342_HS1-416511228_319.1 Flying Discs 1949
Agency: Department of War
Incident date: 1/9/50
Page 22
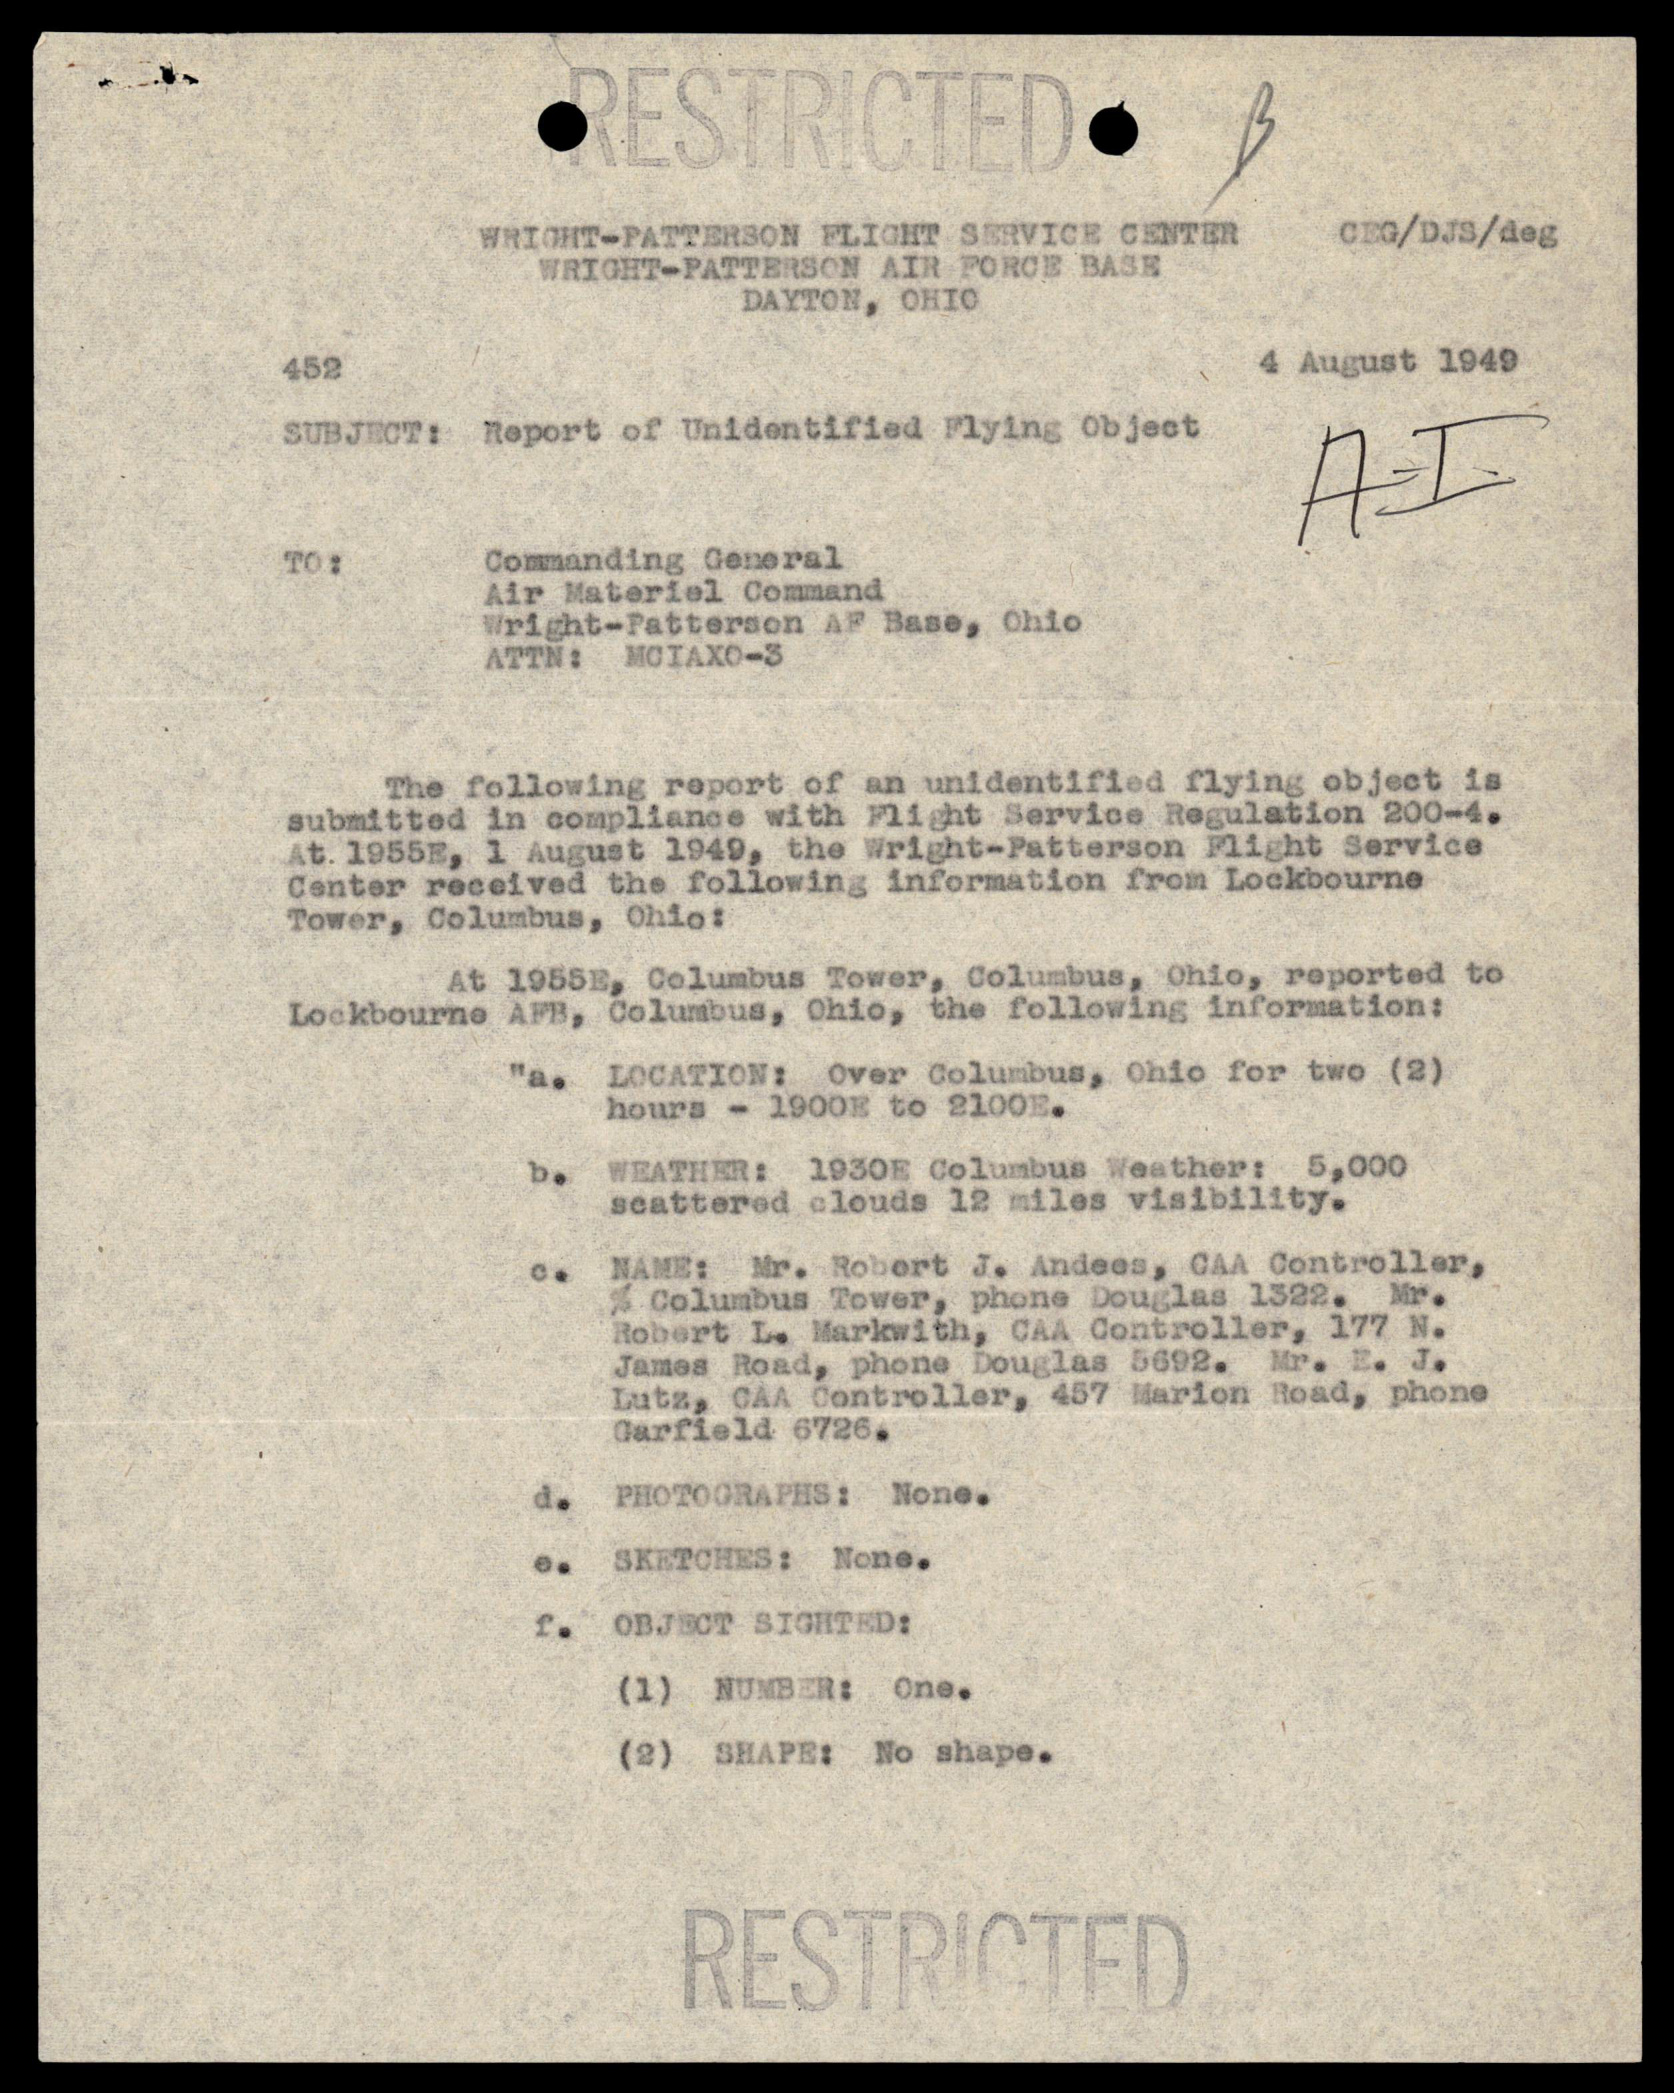